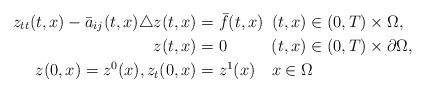
LaTeX: \begin{align*}z_{tt}(t, x) - \bar{a}_{ij}(t, x) \triangle z(t, x) &= \bar{f}(t, x)\phantom{0} (t, x) \in (0, T) \times \Omega, \\z(t, x) &= 0\phantom{\bar{f}(t, x)} (t, x) \in (0, T) \times \partial \Omega, \\z(0, x) = z^{0}(x), z_{t}(0, x) &= z^{1}(x)\phantom{00} x \in \Omega\end{align*}